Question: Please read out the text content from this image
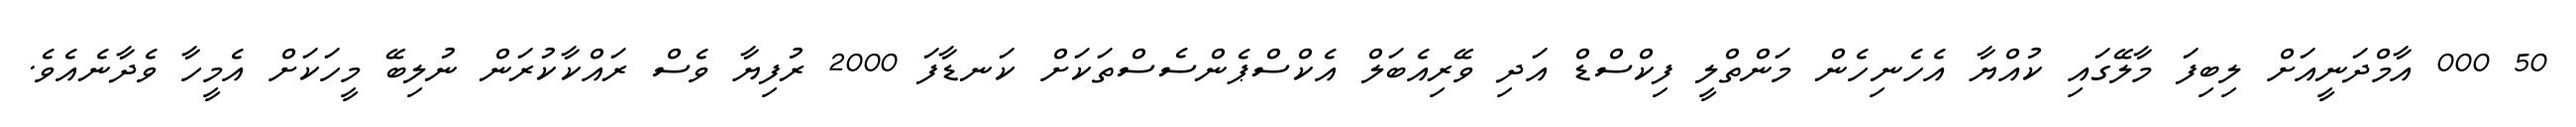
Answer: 50 000 އާމްދަނީއަށް ލިބިފަ މާލޭގައި ކުއްޔާ އެހެނިހެން މަންތްލީ ފިކްސްޑް އަދި ވޭރިއެބަލް އެކްސްޕެންސެސްތަކަށް ކަނޑާފަ 2000 ރުފިޔާ ވެސް ރައްކާކުރަން ނުލިބޭ މީހަކަށް އެމީހާ ވެދާނެއެވެ.